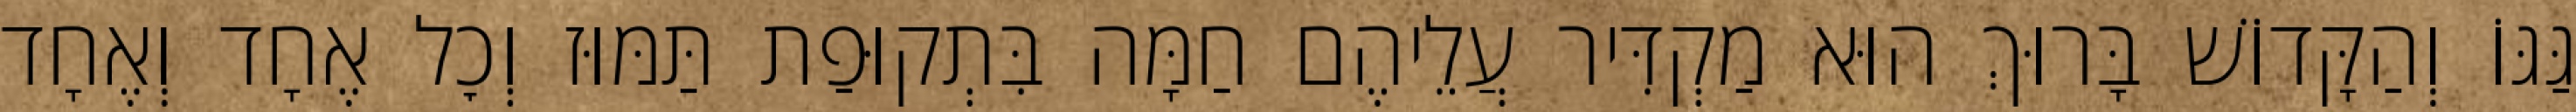
גַּגּוֹ וְהַקָּדוֹשׁ בָּרוּךְ הוּא מַקְדִּיר עֲלֵיהֶם חַמָּה בִּתְקוּפַת תַּמּוּז וְכׇל אֶחָד וְאֶחָד